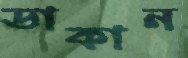
ডাকান